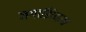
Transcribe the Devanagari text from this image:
जगासियाक